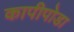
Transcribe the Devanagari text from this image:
कापीपोडा